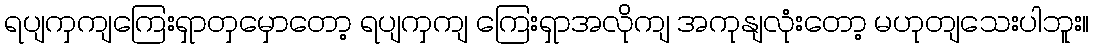
ရပျကှကျကြေးရှာတှမှောတော့ ရပျကှကျ ကြေးရှာအလိုကျ အကုနျလုံးတော့ မဟုတျသေးပါဘူး။